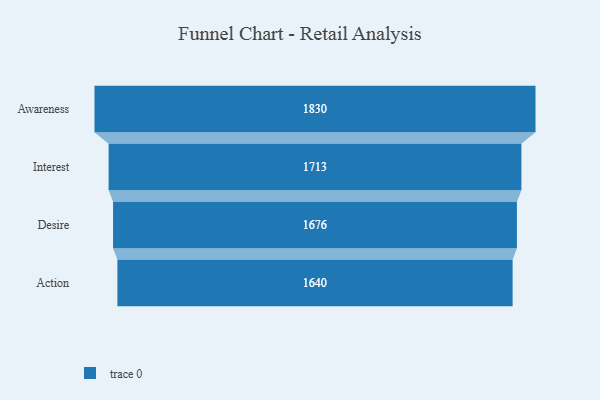
{"axis": {"x": "Stage", "y": "Value"}, "legend": [""], "data": [{"x": "Awareness", "y": 1830.0, "type": ""}, {"x": "Interest", "y": 1713.0, "type": ""}, {"x": "Desire", "y": 1676.0, "type": ""}, {"x": "Action", "y": 1640.0, "type": ""}]}